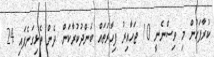
ކުރާފަހުން މި ވިސްނެނީ 10 ޖަހާއިރު ފިހާރަތައް ބަންދުކުރާކަން. ދެން ތެޅިގަނެފައި 24